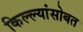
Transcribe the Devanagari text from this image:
किल्ल्यांसोबत